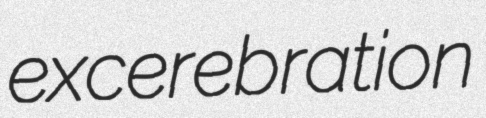
excerebration